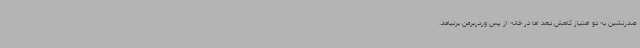
صدرنشین به دو امتیاز کاهش دهد اما در خانه از پس وردربرمن برنیامد.